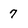
Character: 7